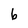
Character: 6